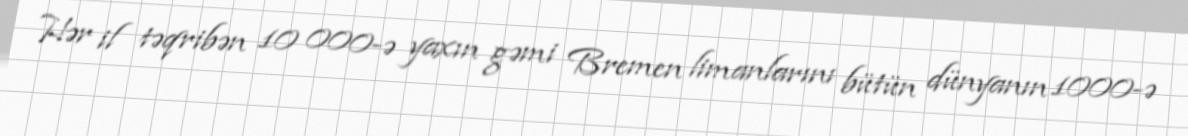
Hər il təqribən 10 000-ə yaxın gəmi Bremen limanlarını bütün dünyanın 1000-ə